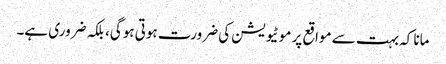
مانا کہ بہت سے مواقع پر موٹیویشن کی ضرورت ہوتی ہوگی، بلکہ ضروری ہے۔